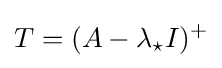
T=(A-\lambda _{\star }I)^{+}